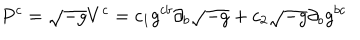
P ^ { c } = \sqrt { - g } V ^ { c } = c _ { 1 } g ^ { c b } \partial _ { b } \sqrt { - g } + c _ { 2 } \sqrt { - g } \partial _ { b } g ^ { b c }